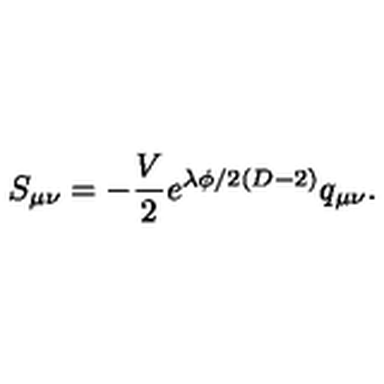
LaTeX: S _ { \mu \nu } = - \frac { V } { 2 } e ^ { \lambda \phi / 2 ( D - 2 ) } q _ { \mu \nu } .